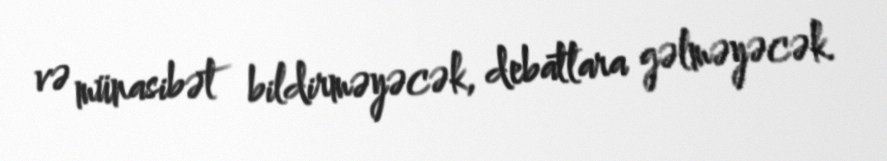
və münasibət bildirməyəcək, debatlara gəlməyəcək.